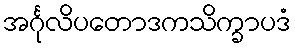
အင်္ဂုလိပတောဒကသိက္ခာပဒံ